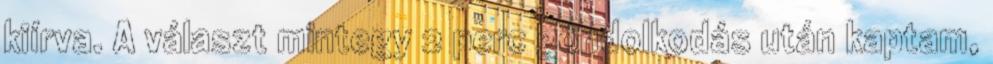
kiírva. A választ mintegy 2 perc gondolkodás után kaptam,